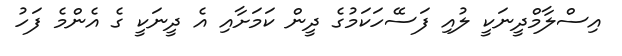
އިސްލާމްދީނަކީ ލުއި ފަސޭހަކަމުގެ ދީން ކަމަށާއި އެ ދީނަކީ ގެ އެންމެ ފަހު